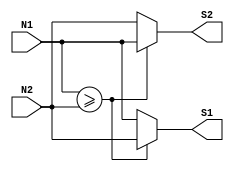
// synopsys translate_off
`timescale 1 ps / 1 ps
// synopsys translate_on
module A ( N1, N2, S1, S2 );

	input	[7:0]  N1;
	input	[7:0]  N2;
	output [7:0]  S1;
	output [7:0]  S2;
	
	reg [7:0] S1;
	reg [7:0] S2;

	always @(N1 or N2)
	begin
		if (N1>=N2)
		begin
			S1=N2;
			S2=N1;
		end
		else
		begin
			S1=N1;
			S2=N2;
		end
	end

endmodule